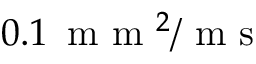
0 . 1 \, \mathrm { ~ m ~ m ~ } ^ { 2 } / \mathrm { ~ m ~ s ~ }